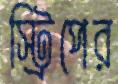
স্ট্রিপের